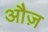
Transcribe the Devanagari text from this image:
औज़